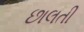
છાલતી